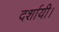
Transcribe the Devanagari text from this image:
दर्शायी।